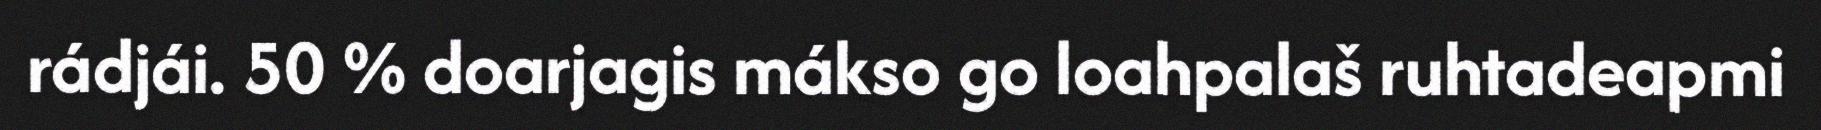
rádjái. 50 % doarjagis mákso go loahpalaš ruhtadeapmi